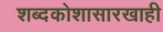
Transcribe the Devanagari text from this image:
शब्दकोशासारखाही